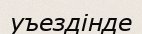
уъездінде